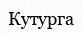
Кутурга